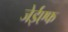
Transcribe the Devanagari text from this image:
जेईएफ